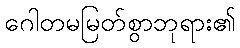
ဂေါတမမြတ်စွာဘုရား၏